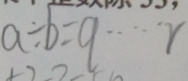
a \div b = q \cdots r